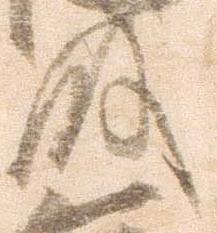
殿